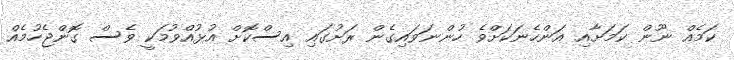
ކަމެއް ނޫން ކަމަށާއި އަންހެނަކަށްވެ ހުންނަވައިގެން ރަށުގައި އިސްކޮށް އުޅުއްވުމަކީ ވެސް ގޮންޖެހުމެއް